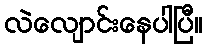
လဲလျောင်းနေပါပြီ။